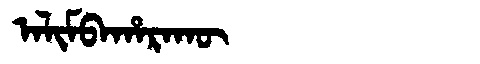
Manchu: ᠠᠯᡳᠮᠪᠠᡥᠠᡵᠠᡴᡡ
Romanization: ALIMBAHARAKŪ